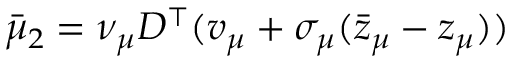
\bar { \mu } _ { 2 } = \nu _ { \mu } D ^ { \top } ( v _ { \mu } + \sigma _ { \mu } ( \bar { z } _ { \mu } - z _ { \mu } ) )